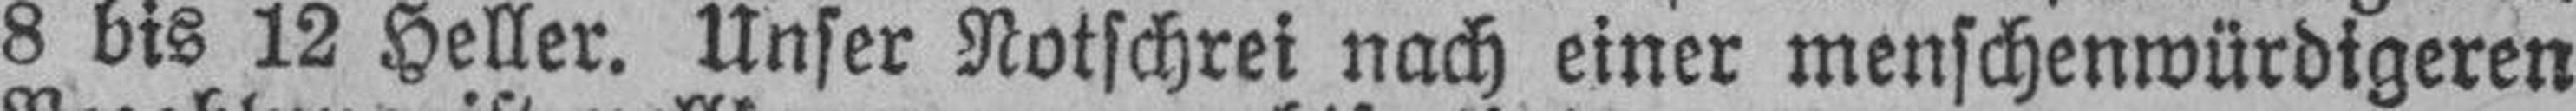
8 bis 12 Heller. Unser Notschrei nach einer menschenwürdigeren